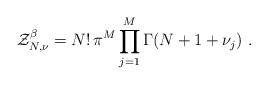
\begin{align*}\mathcal Z_{N,\nu}^\beta=N!\,\pi^M\prod_{j=1}^M\Gamma(N+1+\nu_j)\ .\end{align*}